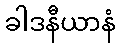
ခါဒနီယာနံ